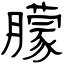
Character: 朦